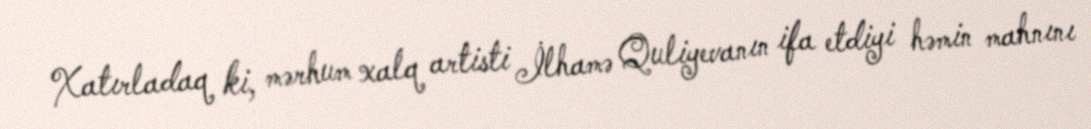
Xatırladaq ki, mərhum xalq artisti İlhamə Quliyevanın ifa etdiyi həmin mahnını